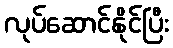
လုပ်ဆောင်နိုင်ပြီး